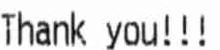
THANK YOU!!